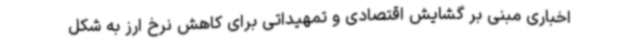
اخباری مبنی بر گشایش اقتصادی و تمهیداتی برای کاهش نرخ ارز به شکل